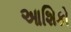
આશિકો